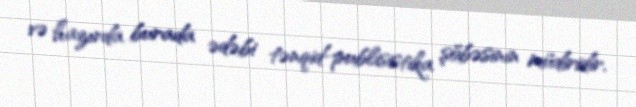
və hazırda burada ədəbi tənqid-publisistika şöbəsinin müdiridir.